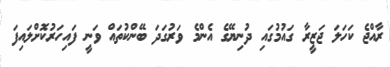
ރާއްޖެ ކަހަލަ ޖަޒީރާ ގައުމުގައި ދުނިޔޭގެ އެންމެ ވަރުގަދަ ބޭންކުތައް ވަނީ ފައިހަރުކޮށްލައިފަ